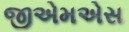
જીએમએસ